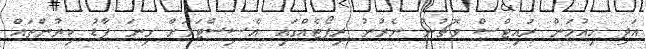
އަދި ހިއުމަން ރައިޓްސް ވޮޗުން ނެރުނު ރިޕޯޓެއްގައި އެސިސްޓަމަށް ގިނަ ފާޑު ކިޔުންތައް